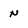
Character: n